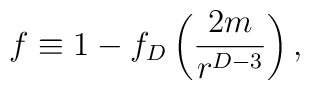
f\equiv 1-f_D\left({{2m}\over{r^{D-3}}}\right),